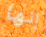
إنها